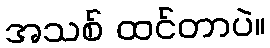
အသစ် ထင်တာပဲ။